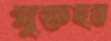
মুক্তহস্ত